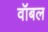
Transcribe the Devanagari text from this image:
वॉबल